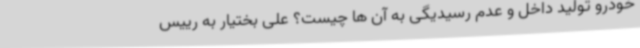
خودرو تولید داخل و عدم رسیدیگی به آن ها چیست؟ علی بختیار به رییس